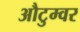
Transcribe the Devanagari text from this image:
औटुम्वर